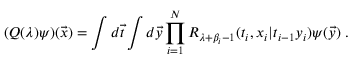
( Q ( \lambda ) \psi ) ( { \vec { x } } ) = \int d { \vec { t } } \int d { \vec { y } } \prod _ { i = 1 } ^ { N } R _ { \lambda + \beta _ { i } - 1 } ( t _ { i } , x _ { i } | t _ { i - 1 } y _ { i } ) \psi ( { \vec { y } } ) ~ .